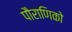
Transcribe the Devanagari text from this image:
पौराणिको